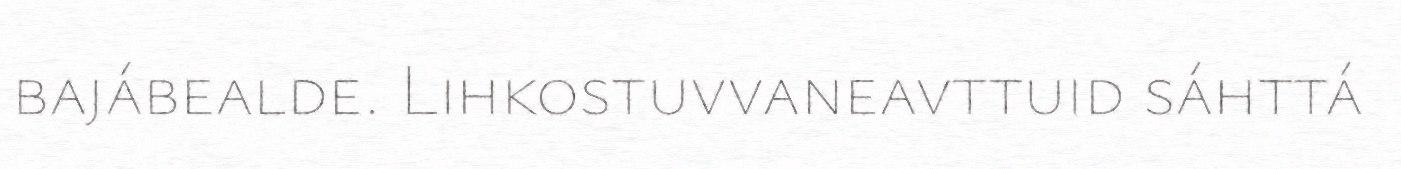
bajábealde. Lihkostuvvaneavttuid sáhttá